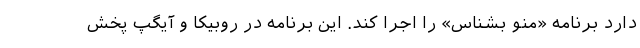
دارد برنامه «منو بشناس» را اجرا کند. این برنامه در روبیکا و آیگپ پخش